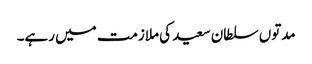
مدتوں سلطان سعید کی ملازمت میں رہے۔